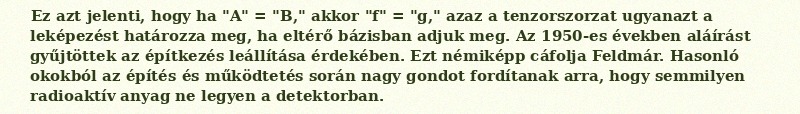
Ez azt jelenti, hogy ha "A" = "B," akkor "f" = "g," azaz a tenzorszorzat ugyanazt a leképezést határozza meg, ha eltérő bázisban adjuk meg. Az 1950-es években aláírást gyűjtöttek az építkezés leállítása érdekében. Ezt némiképp cáfolja Feldmár. Hasonló okokból az építés és működtetés során nagy gondot fordítanak arra, hogy semmilyen radioaktív anyag ne legyen a detektorban.